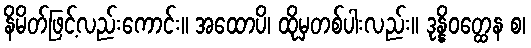
နိမိတ်ဖြင့်လည်းကောင်း။ အထောပိ၊ ထိုမှတစ်ပါးလည်း။ ဒုန္နိဝတ္ထေန စ၊